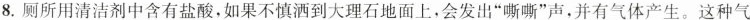
8.厕所用清洁剂中含有盐酸，如果不慎洒到大理石地面上，会发出”嘶嘶”声，并有气体产生。这种气